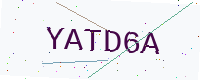
Text: YATD6A